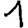
Digit: 1